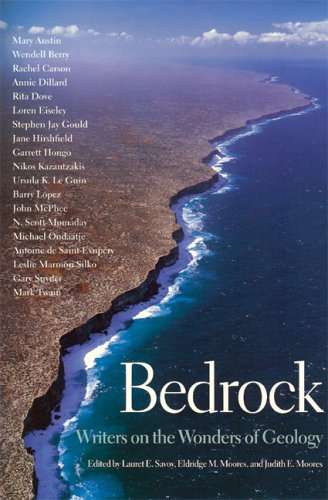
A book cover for Bedrock: Writers on the Wonders of Geology; Lauret E. Savoy; Science & Math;